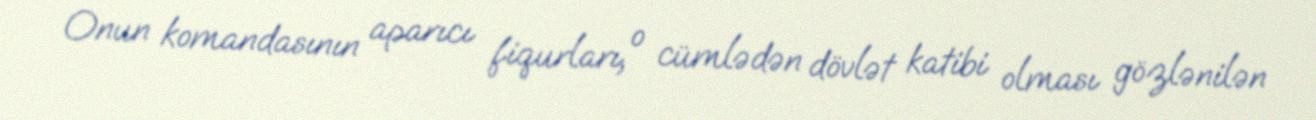
Onun komandasının aparıcı fiqurları, o cümlədən dövlət katibi olması gözlənilən